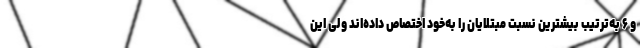
و ۶ به‌ترتیب بیشترین نسبت مبتلایان را به‌خود اختصاص داده‌اند ولی این